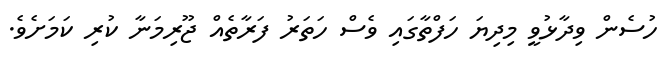
ހުސެން ވިދާޅުވީ މިދިޔަ ހަފްތާގައި ވެސް ހަތަރު ފަރާތެއް ޖޫރިމަނާ ކުރި ކަމަށެވެ.